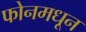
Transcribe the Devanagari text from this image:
फोनमधून